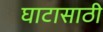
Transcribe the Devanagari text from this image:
घाटासाठी